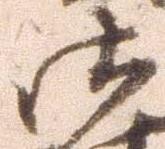
御